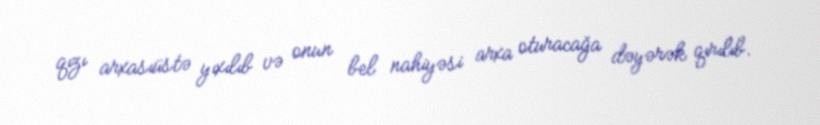
qızı arxasıüstə yıxılıb və onun bel nahiyəsi arxa oturacağa dəyərək qırılıb.